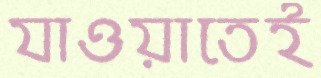
যাওয়াতেই